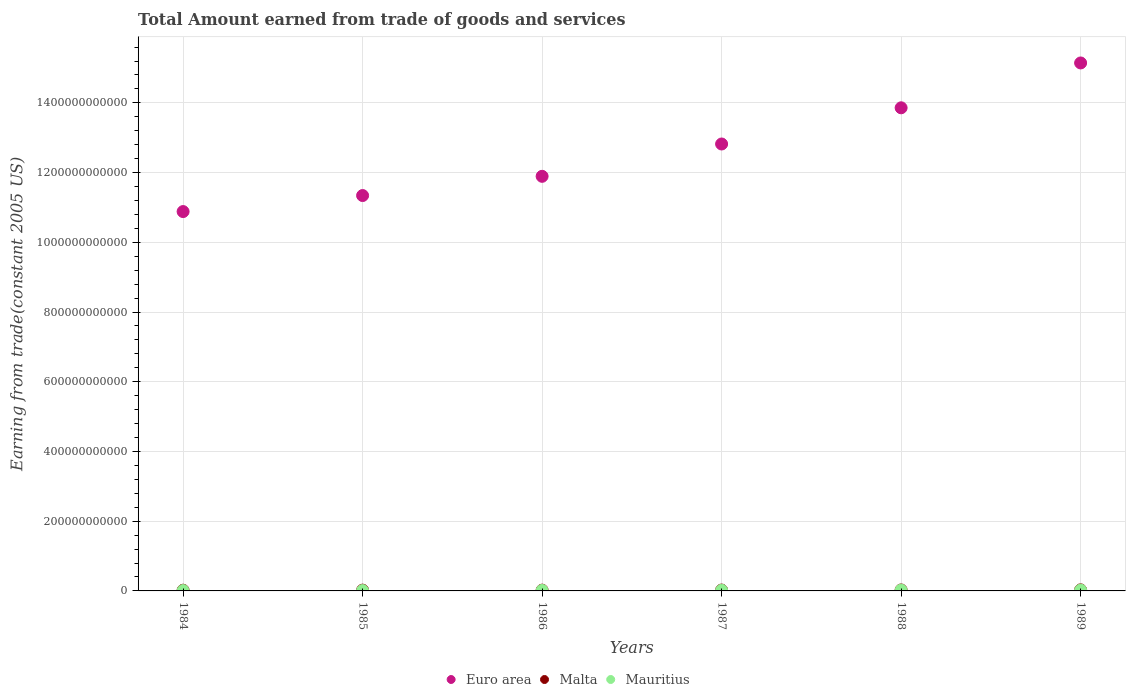
| Years | Euro area | Malta | Mauritius |
 | --- | --- | --- | --- |
 | 1984 | 1.09e+12 | 2.05e+09 | 1.04e+09 |
 | 1985 | 1.13e+12 | 2.23e+09 | 1.11e+09 |
 | 1986 | 1.19e+12 | 2.24e+09 | 1.42e+09 |
 | 1987 | 1.28e+12 | 2.51e+09 | 1.93e+09 |
 | 1988 | 1.39e+12 | 2.79e+09 | 2.31e+09 |
 | 1989 | 1.51e+12 | 3.1e+09 | 2.35e+09 |